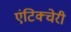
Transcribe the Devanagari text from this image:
एंटिक्चेरी